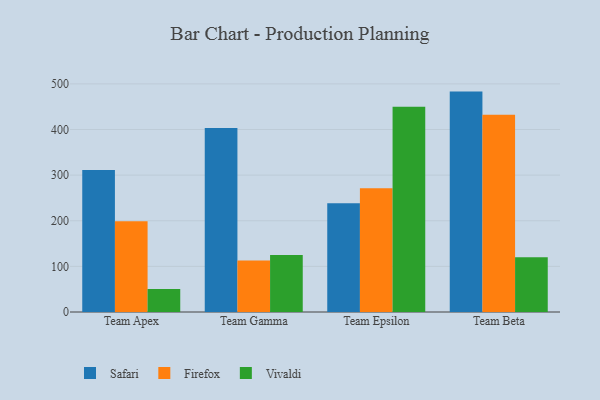
{"axis": {"x": "Team", "y": "Backlog"}, "legend": ["Firefox", "Safari", "Vivaldi"], "data": [{"x": "Team Apex", "y": 311.5, "type": "Safari"}, {"x": "Team Apex", "y": 199.0, "type": "Firefox"}, {"x": "Team Apex", "y": 50.3, "type": "Vivaldi"}, {"x": "Team Gamma", "y": 403.3, "type": "Safari"}, {"x": "Team Gamma", "y": 112.7, "type": "Firefox"}, {"x": "Team Gamma", "y": 124.9, "type": "Vivaldi"}, {"x": "Team Epsilon", "y": 238.1, "type": "Safari"}, {"x": "Team Epsilon", "y": 271.2, "type": "Firefox"}, {"x": "Team Epsilon", "y": 450.0, "type": "Vivaldi"}, {"x": "Team Beta", "y": 483.1, "type": "Safari"}, {"x": "Team Beta", "y": 432.5, "type": "Firefox"}, {"x": "Team Beta", "y": 119.8, "type": "Vivaldi"}]}